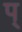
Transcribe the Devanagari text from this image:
प्‌